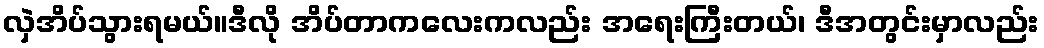
လှဲအိပ်သွားရမယ်။ဒီလို အိပ်တာကလေးကလည်း အရေးကြီးတယ်၊ ဒီအတွင်းမှာလည်း